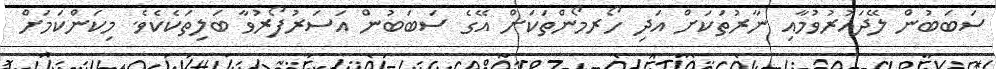
ސަބަބުން ލޭދައުރުވުމާއި ނާރުތަކަށް އަދި ހޯރމޯންތަކަށް އޭގެ ސަބަބުން އަސަރުފޯރުވާ ބަލިތަކެކެވެ. މިކަންކަމަށް